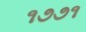
૧૭૭૧